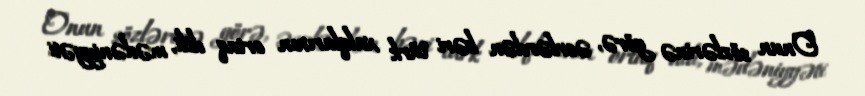
Onun sözlərinə görə, əsrlərdən bəri türk xalqlarının ortaq dili, mədəniyyəti